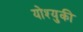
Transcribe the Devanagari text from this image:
योश्युकी